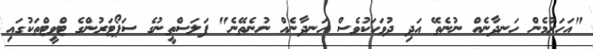
"އަހަރުމެން ހަނދާނެއް ނުނެތޭ އަދި ދުވަހަކުވެސް ހަނދާނެއް ނުނެތޭނެ" ފަލަސްތީނުގެ ސަޕޯޓަރުންގެ ޓްވީޓްތަކުގައި